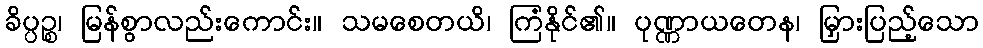
ခိပ္ပဉ္စ၊ မြန်စွာလည်းကောင်း။ သမစေတယိ၊ ကြံနိုင်၏။ ပုဏ္ဏာယတေန၊ မြှားပြည့်သော